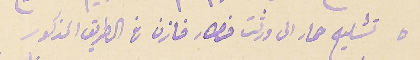
٥ تشليح حمار الى ورثت خطار خازن فى الطريق المذكور